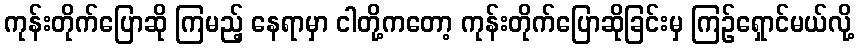
ကုန်းတိုက်ပြောဆို ကြမည့် နေရာမှာ ငါတို့ကတော့ ကုန်းတိုက်ပြောဆိုခြင်းမှ ကြဉ်ရှောင်မယ်လို့